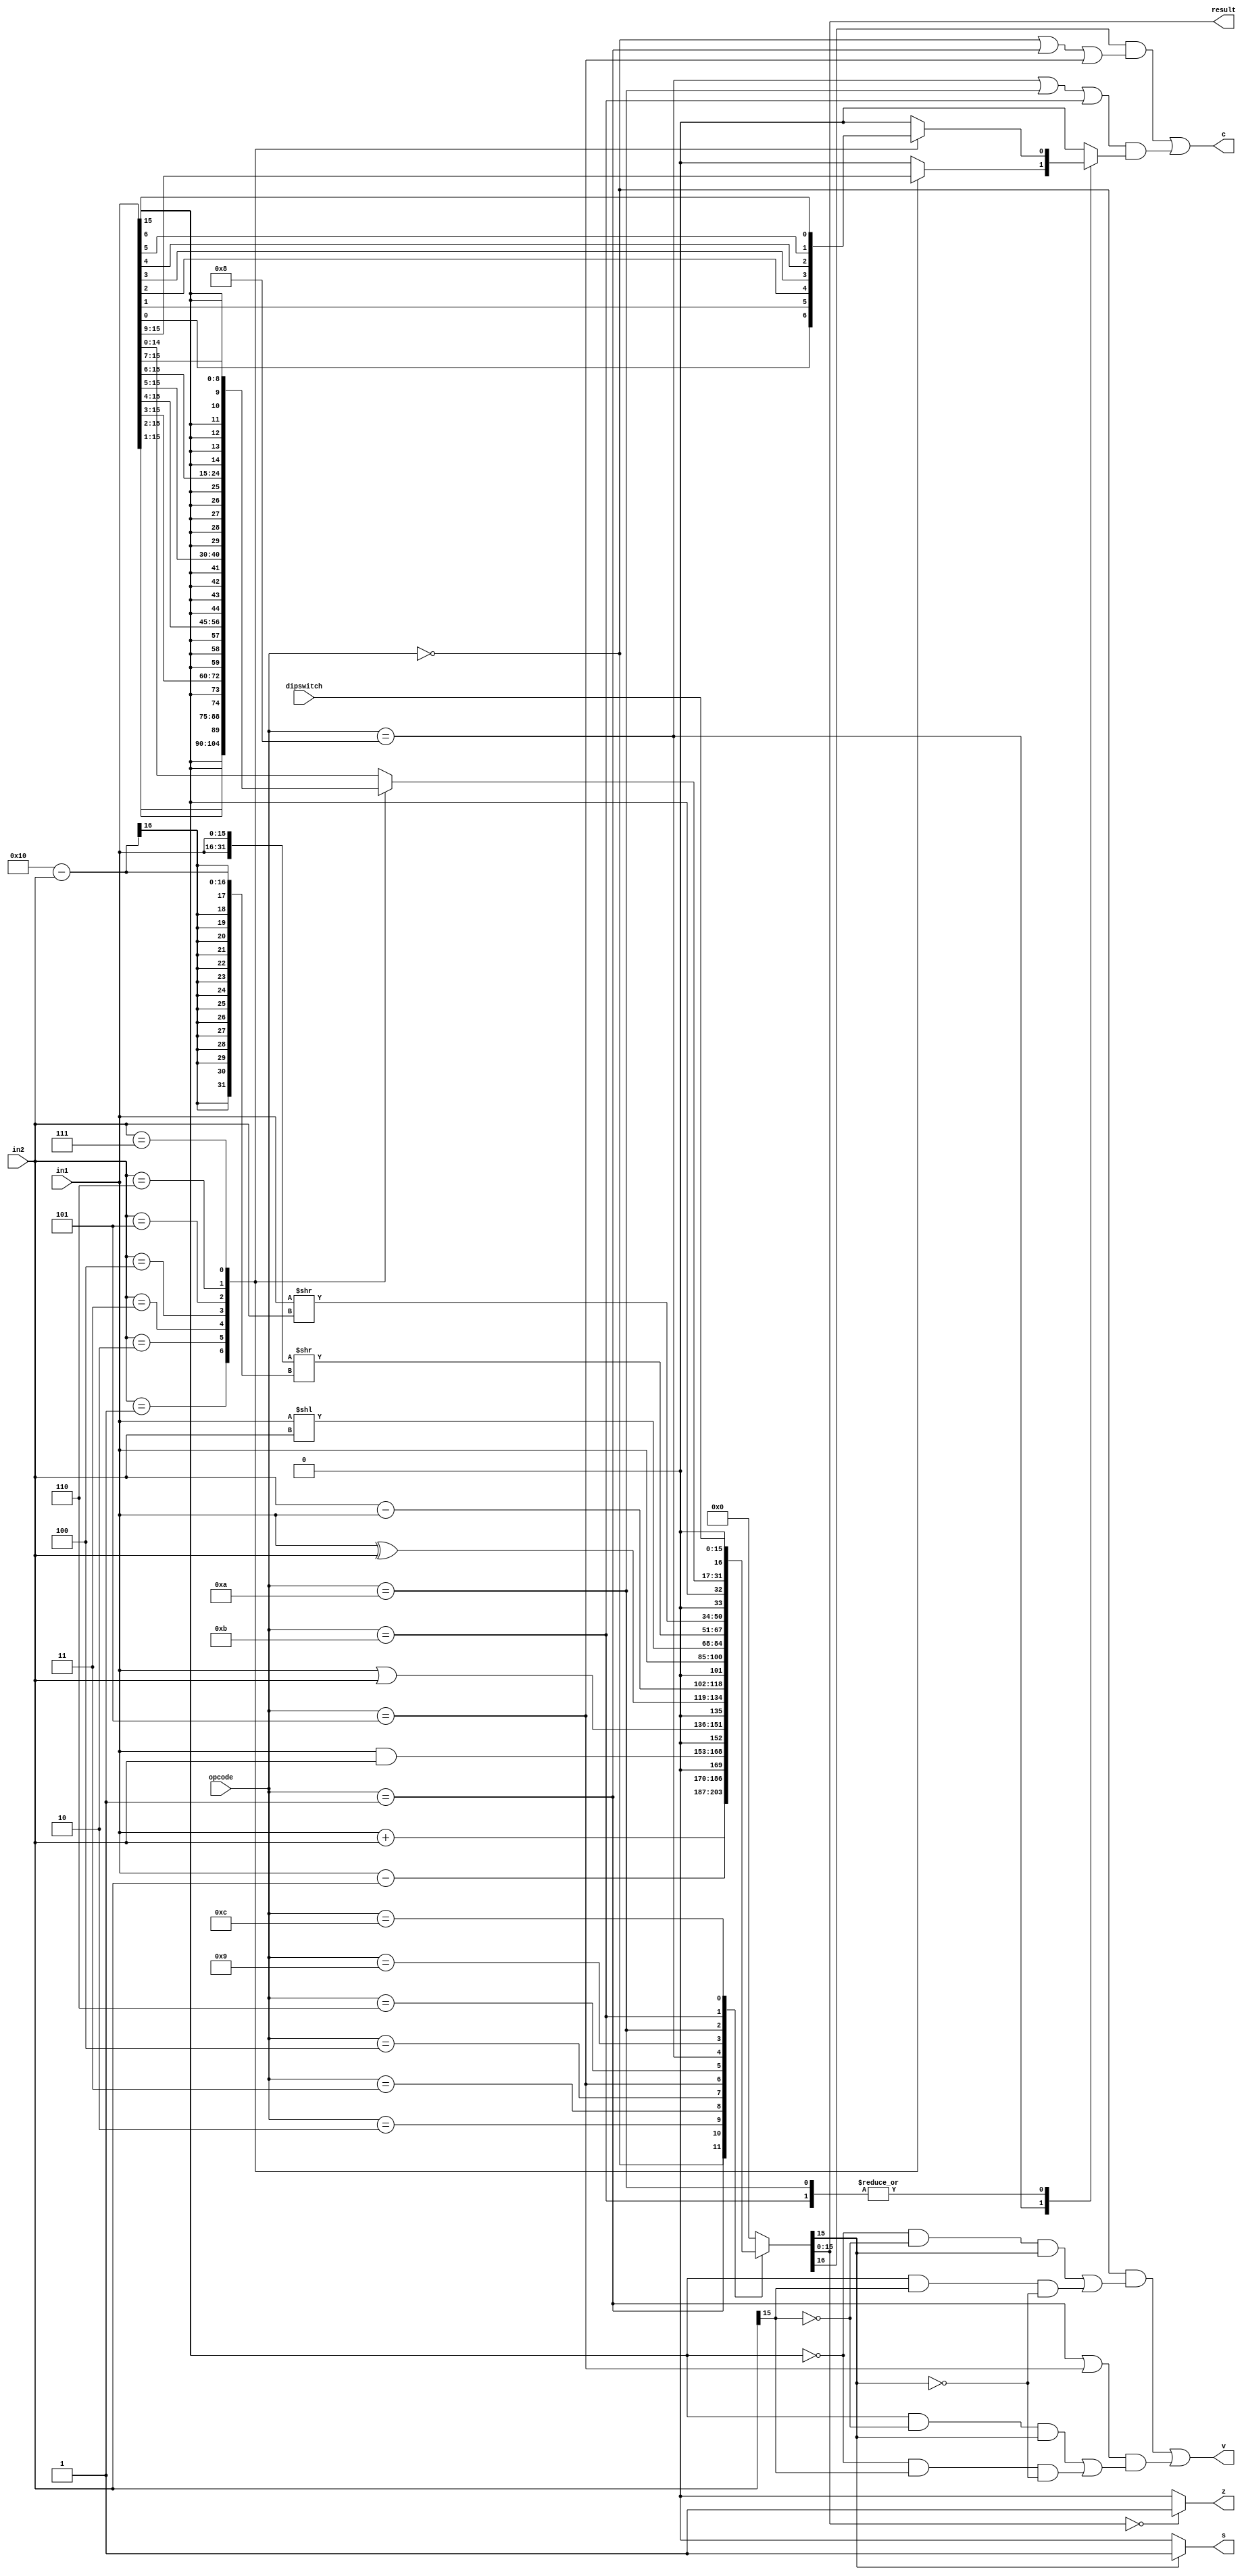
module Alu(
    input signed [15:0] in1,
    input signed [15:0] in2,
    input [3:0] opcode,
	 input [15:0] dipswitch,
    output signed [15:0] result,
	 output v, z, c, s );

wire[16:0] calcAns;
wire shiftc;
	 
// main function
function [16:0] calculate;
input [3:0] opcode;
input [15:0] in1val;
input [15:0] in2val;
begin
    case (opcode)
    0: calculate = in1val + in2val;
    1: calculate =  in1val - in2val;
    2: calculate = in1val & in2val;
    3: calculate = in1val | in2val;
	 4: calculate = in1val ^ in2val;
	 5: calculate = in2val - in1val; // not write to register
	 6: calculate = in1val; // mov
	 8: calculate = in1val << in2val; // shift left logical
	 9: calculate = slr(in1val, in2val); // shift left rotate
	 10: calculate = in1val >> in2val; // shift right logical 
	 11: calculate = sra(in1val, in2val); // shift right arithmetic
	 12: calculate = dipswitch; // in
	 default: calculate = 17'b0;
	 endcase
end
endfunction

function [16:0] slr;
input [0:15] in1;
input [15:0] in2;
	slr = {in1, in1} >> (16 - in2);
endfunction

function [16:0] sra;
input [15:0] in1, in2;
case (in2)
	1: sra = {in1[15], in1[15:1]};
	2: sra = {{2{in1[15]}}, in1[15:2]};
	3: sra = {{3{in1[15]}}, in1[15:3]};
	4: sra = {{4{in1[15]}}, in1[15:4]};
	5: sra = {{5{in1[15]}}, in1[15:5]};
	6: sra = {{6{in1[15]}}, in1[15:6]};
	7: sra = {{7{in1[15]}}, in1[15:7]};
	default: sra = in1;
endcase
endfunction

function shiftout;
input [3:0] opcode;
input [15:0] in1;
input [15:0] in2;
case(opcode)
	8:case (in2)
		1: shiftout = in1[15];
		2: shiftout = in1[14];
		3: shiftout = in1[13];
		4: shiftout = in1[12];
		5: shiftout = in1[11];
		6: shiftout = in1[10];
		7: shiftout = in1[9];
		default: shiftout = 0;
	  endcase
	10:case (in2)
		1: shiftout = in1[0];
		2: shiftout = in1[1];
		3: shiftout = in1[2];
		4: shiftout = in1[3];
		5: shiftout = in1[4];
		6: shiftout = in1[5];
		7: shiftout = in1[6];
		default: shiftout = 0;
	endcase
	11:case (in2)
		1: shiftout = in1[0];
		2: shiftout = in1[1];
		3: shiftout = in1[2];
		4: shiftout = in1[3];
		5: shiftout = in1[4];
		6: shiftout = in1[5];
		7: shiftout = in1[6];
		default: shiftout = 0;
	endcase
	default shiftout = 0;
endcase 
endfunction

assign calcAns = calculate(opcode, in1, in2);

assign result = calcAns[15:0];

assign shiftc = shiftout(opcode , in1 , in2);

assign z = (result == 16'b0)? 1:0;

// overflow
assign v = (((opcode == 4'b0000) && ((~in1[15] & ~in2[15] & result[15]) || (in1[15] & in2[15] & ~result[15]))) 
					  || (((opcode == 4'b0001)||(opcode == 4'b0101)) && ((in1[15] & ~in2[15] & result[15]) || (~in1[15] & in2[15] & ~result[15]))));

assign c = (calcAns[16] && (opcode == 0 || opcode == 1 || opcode == 5))
						|| ((opcode == 8 || opcode == 10 || opcode == 11) && shiftc);
						
assign s = result[15]? 1:0;

endmodule